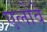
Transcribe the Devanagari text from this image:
एलोवे